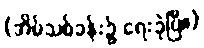
(အိမ်သစ်ခန်း၌ ရေးခဲ့ပြီ။)